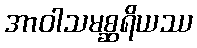
အာဝါသမစ္ဆရိယဿ